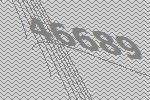
46689